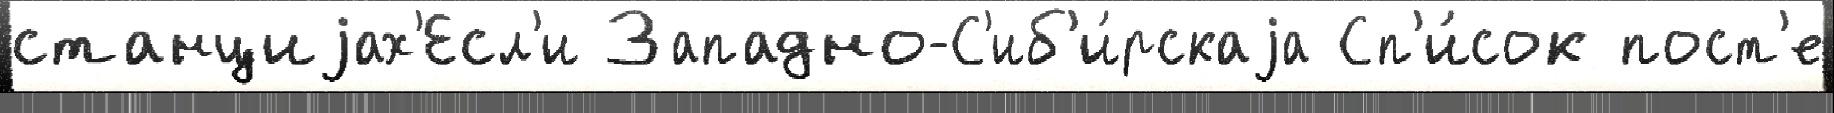
станциjах'Есл'и Западно-С'иб'и́рскаjа Сп'и́сок пост'е